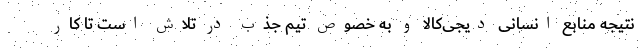
نتیجه منابع انسانی دیجی‌کالا و به خصوص تیم جذب در تلاش است تا کار